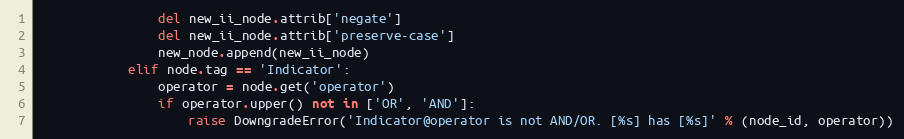
Language: Python
                del new_ii_node.attrib['negate']
                del new_ii_node.attrib['preserve-case']
                new_node.append(new_ii_node)
            elif node.tag == 'Indicator':
                operator = node.get('operator')
                if operator.upper() not in ['OR', 'AND']:
                    raise DowngradeError('Indicator@operator is not AND/OR. [%s] has [%s]' % (node_id, operator))